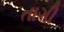
તાગી